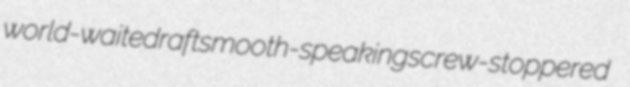
world-waited raft smooth-speaking screw-stoppered